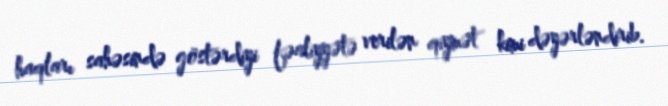
haqları sahəsində göstərdiyi fəaliyyətə verilən qiymət kimi dəyərləndirib.